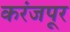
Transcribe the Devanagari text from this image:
करंजपूर